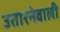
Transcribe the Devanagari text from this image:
उतारनेवाली